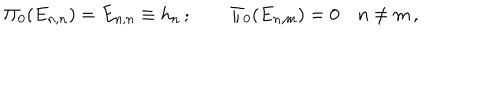
\Pi _ { 0 } ( E _ { n , n } ) = E _ { n , n } \equiv h _ { n } \, ; \qquad \Pi _ { 0 } ( E _ { n , m } ) = 0 \quad n \ne m \, , \nonumber